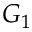
G _ { 1 }